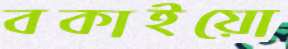
বকাইয়ো